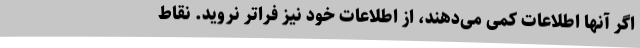
اگر آنها اطلاعات کمی می‌دهند، از اطلاعات خود نیز فراتر نروید. نقاط